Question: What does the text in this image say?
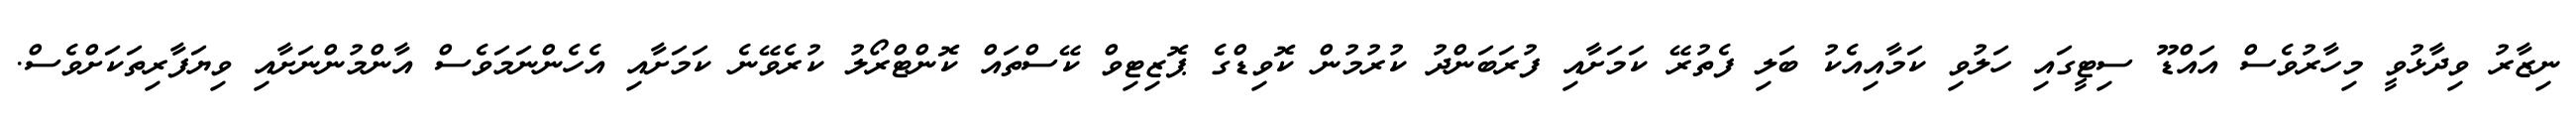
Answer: ނިޒާރު ވިދާޅުވީ މިހާރުވެސް އައްޑޫ ސިޓީގައި ހަލުވި ކަމާއިއެކު ބަލި ފެތުރޭ ކަމަށާއި ފުރަބަންދު ކުރުމުން ކޮވިޑްގެ ޕޮޒިޓިވް ކޭސްތައް ކޮންޓްރޯލު ކުރެވޭނެ ކަމަށާއި އެހެންނަމަވެސް އާންމުންނަށާއި ވިޔަފާރިތަކަށްވެސް.